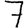
Digit: 7